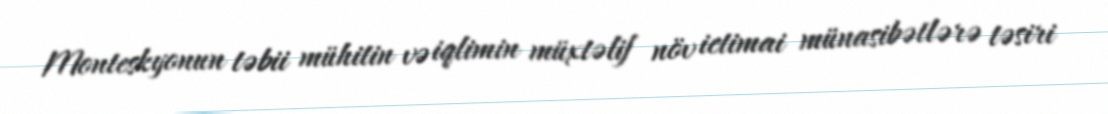
Monteskyonun təbii mühitin və iqlimin müxtəlif növ ictimai münasibətlərə təsiri